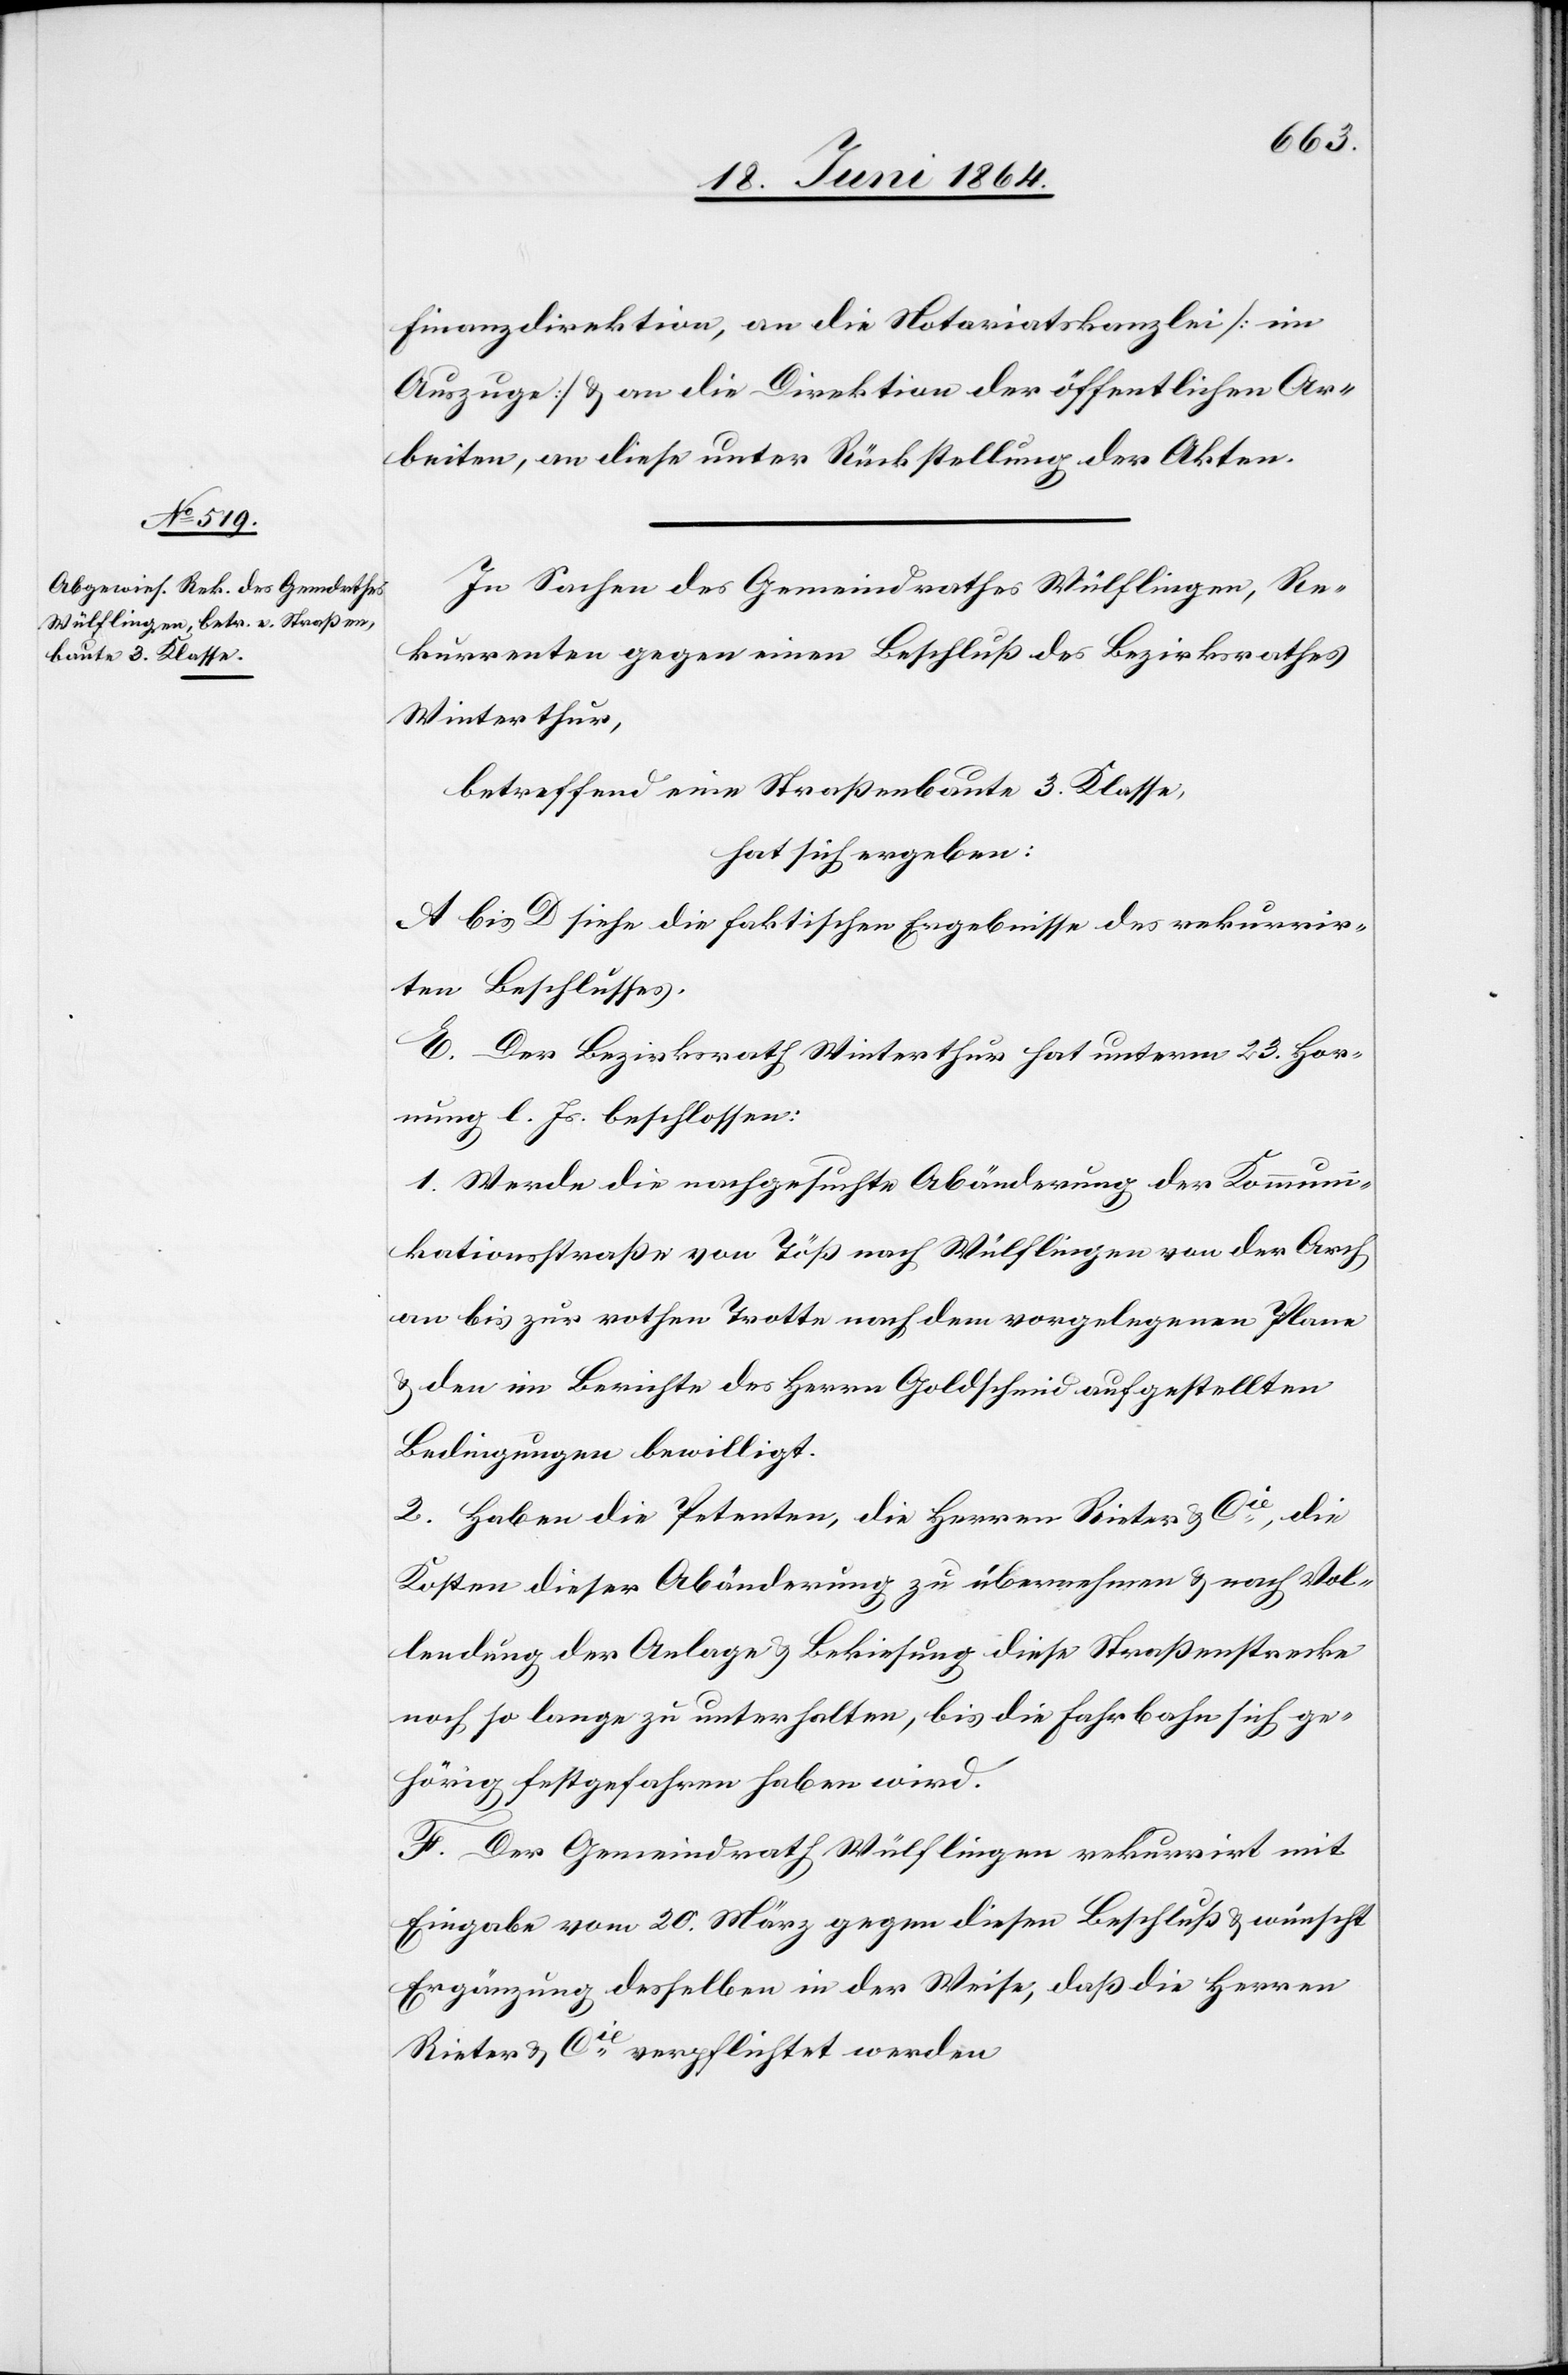
Finanzdirektion, an die Notariatskanzlei [im
Auszuge] u. an die Direktion der öffentlichen Ar¬
beiten, an diese unter Rückstellung der Akten.
In Sachen des Gemeindrathes Wülflingen, Re¬
kurrenten gegen einen Beschluß des Bezirksrathes
Winterthur,
betreffend eine Straßenbaute 3. Klasse,
hat sich ergeben:
A bis D siehe die faktischen Ergebnisse des rekurrir¬
ten Beschlusses.
E. Der Bezirksrath Winterthur hat unterm 23. Hor¬
nung l. Js. beschlossen:
1. Werde die nachgesuchte Abänderung der Kommuni¬
kationsstraße Töß nach Wülflingen von der Arch
an bis zur rothen Trotte nach dem vorgelegten Plane
u. den im Berichte des Herrn Goldschmid aufgestellten
Bedingungen bewilligt.
2. Haben die Petenten, die Herren Rieter & Cie die
Kosten dieser Abänderung zu übernehmen u. nach Vol¬
lendung der Anlage u. Bekiesung diese Straßenstrecke
noch so lange zu unterhalten, bis die Fahrbahn sich ge¬
hörig festgefahren haben wird.
F. Der Gemeindrath Wülflingen rekurrirt mit
Eingabe vom 20. März gegen diesen Beschluß u. wünscht
Ergänzung desselben in der Weise, daß die Herren
Rieter & Cie verpflichtet werden